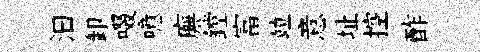
汩卸啜噫廡鏜富竝意址控酢